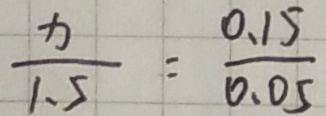
\frac { x } { 1 . 5 } = \frac { 0 . 1 5 } { 0 . 0 5 }